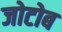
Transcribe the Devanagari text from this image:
जोटोब